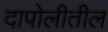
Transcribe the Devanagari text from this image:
दापोलीतील